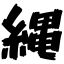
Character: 縄